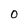
Character: O